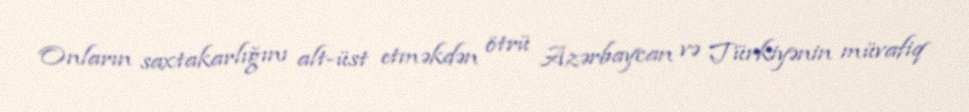
Onların saxtakarlığını alt-üst etməkdən ötrü Azərbaycan və Türkiyənin müvafiq